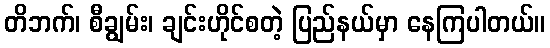
တိဘက်၊ စီချွမ်း၊ ချင်းဟိုင်စတဲ့ ပြည်နယ်မှာ နေကြပါတယ်။